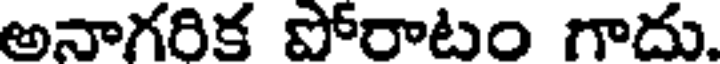
అనాగరిక పోరాటం గాదు.